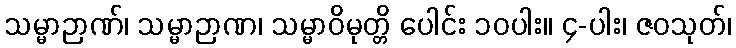
သမ္မာဉာဏ်၊ သမ္မာဉာဏ၊ သမ္မာဝိမုတ္တိ ပေါင်း ၁၀ပါး။ ၄-ပါး၊ ဇဝသုတ်၊